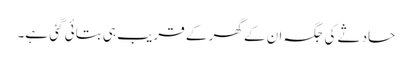
حادثے کی جگہ ان کے گھر کے قریب ہی بتائی گئی ہے۔